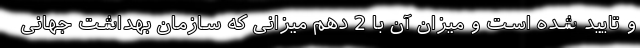
و تایید شده است و میزان آن با 2 دهم میزانی که سازمان بهداشت جهانی